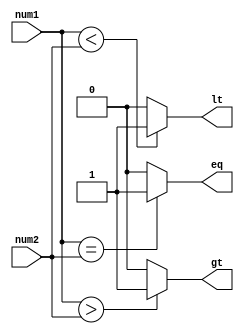
module magnitude_comparator (
    input [7:0] num1,
    input [7:0] num2,
    output gt,    // Greater than
    output lt,    // Less than
    output eq     // Equal to
);

assign gt = (num1 > num2) ? 1'b1 : 1'b0;
assign lt = (num1 < num2) ? 1'b1 : 1'b0;
assign eq = (num1 == num2) ? 1'b1 : 1'b0;

endmodule